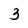
Character: 3